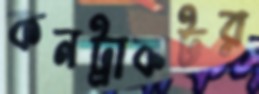
কনট্রাকটর